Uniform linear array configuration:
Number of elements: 12
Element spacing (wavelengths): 0.5
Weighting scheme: uniform
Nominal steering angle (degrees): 15
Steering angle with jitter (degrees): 15.647
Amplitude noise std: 0.05
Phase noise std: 0.05

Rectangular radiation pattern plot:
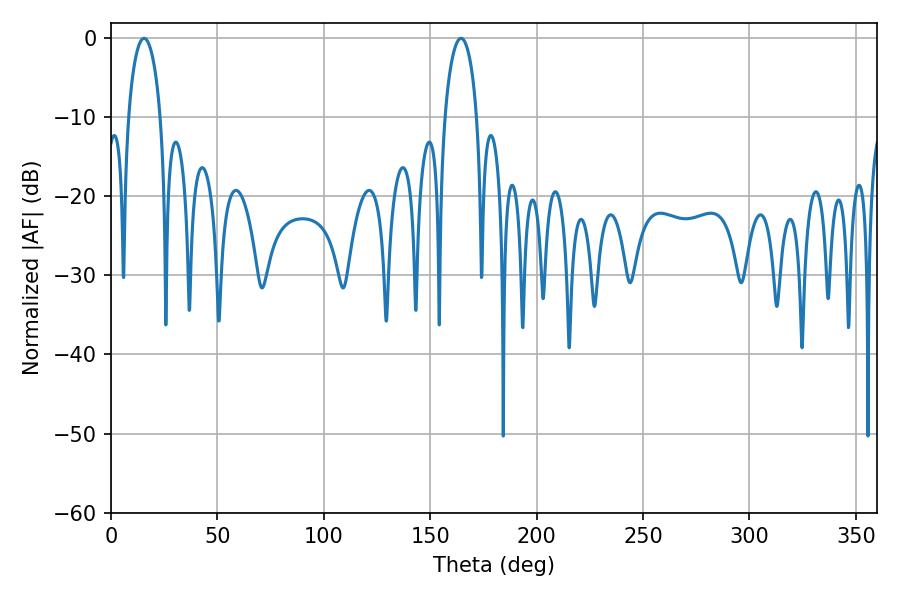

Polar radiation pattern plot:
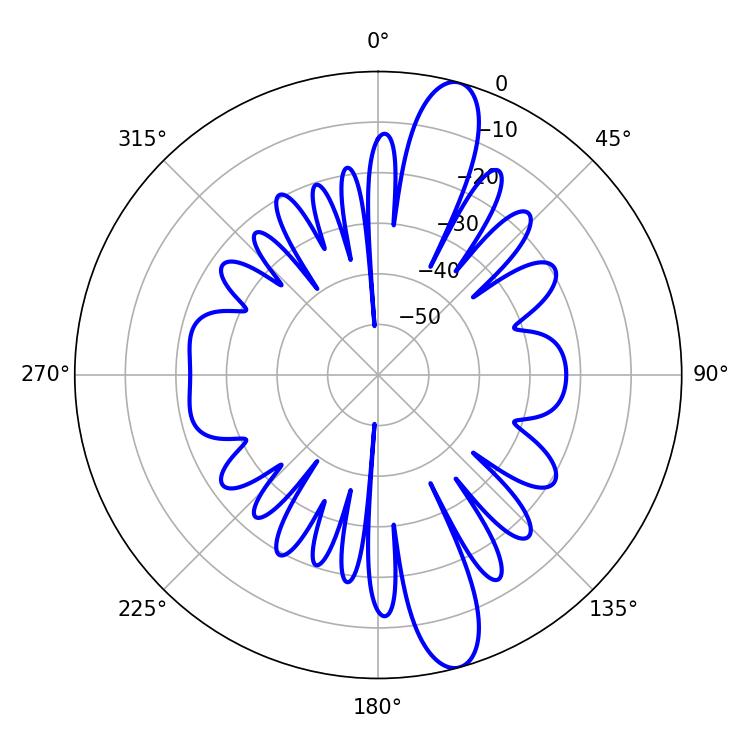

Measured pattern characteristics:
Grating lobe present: FALSE
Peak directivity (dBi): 13.433
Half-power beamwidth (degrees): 8.64
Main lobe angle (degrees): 15.48